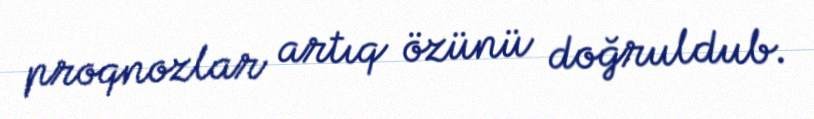
proqnozlar artıq özünü doğruldub.